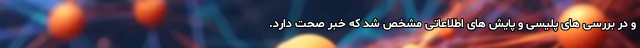
و در بررسی های پلیسی و پایش های اطلاعاتی مشخص شد که خبر صحت دارد.